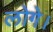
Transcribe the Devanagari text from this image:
लोगे।